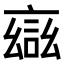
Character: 𮘎